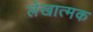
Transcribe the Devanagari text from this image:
लेखात्मक